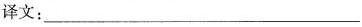
译文:___